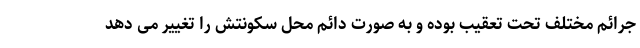
جرائم مختلف تحت تعقیب بوده و به صورت دائم محل سکونتش را تغییر می دهد